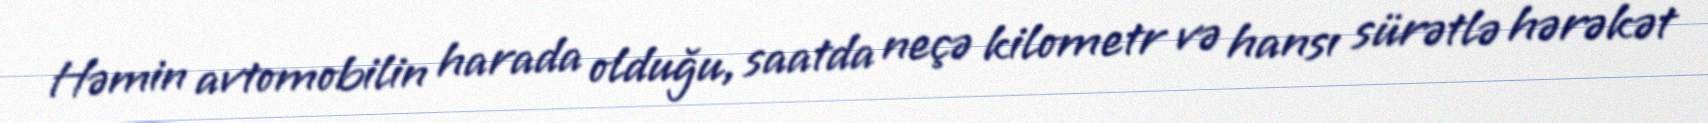
Həmin avtomobilin harada olduğu, saatda neçə kilometr və hansı sürətlə hərəkət